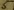
Text: 5